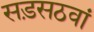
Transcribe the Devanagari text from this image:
सड़सठवां